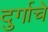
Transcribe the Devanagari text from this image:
दुर्गाचे